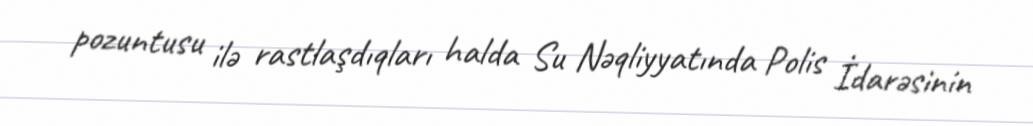
pozuntusu ilə rastlaşdıqları halda Su Nəqliyyatında Polis İdarəsinin